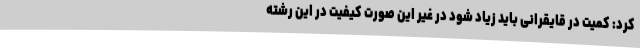
کرد: کمیت در قایقرانی باید زیاد شود در غیر این صورت کیفیت در این رشته